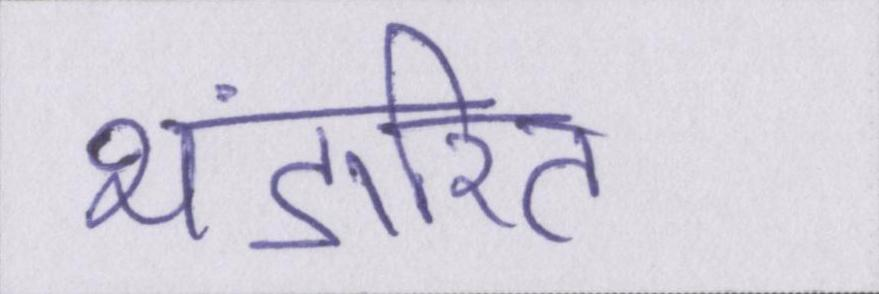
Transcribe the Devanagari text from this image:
भंडारित